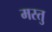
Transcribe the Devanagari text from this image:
मस्तु